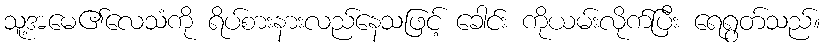
သူ့အမေ၏လေသံကို ရိပ်စားနားလည်နေသဖြင့် ခေါင်း ကိုယမ်းလိုက်ပြီး ရေရွတ်သည်။